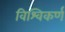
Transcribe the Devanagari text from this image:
विश्विकर्ण